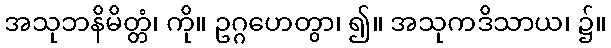
အသုဘနိမိတ္တံ၊ ကို။ ဥဂ္ဂဟေတွာ၊ ၍။ အသုကဒိသာယ၊ ၌။